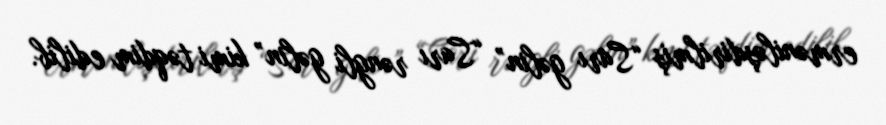
erməniləşdirilmiş “Sarı gəlin” “Sarı rəngli gəlin” kimi təqdim edilib.